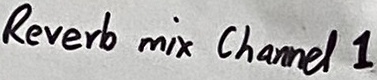
Text: Revert mix Channel 1